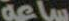
ساعة